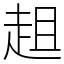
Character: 趄